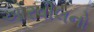
ઓરવીલનો